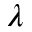
\lambda